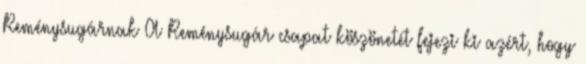
Reménysugárnak A Reménysugár csapat köszönetét fejezi ki azért, hogy